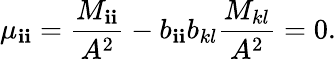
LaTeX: \mu_{\mathbf{i}\mathbf{i}}=\frac{{M_{\mathbf{i}\mathbf{i}}}}{{A^{2}}}-b_{\mathbf{i}\mathbf{i}}b_{kl}\frac{{M_{kl}}}{{A^{2}}}=0.